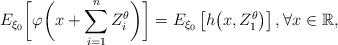
LaTeX: \begin{align*}E_{\xi_0} \biggl[\varphi\biggl(x+\sum_{i=1}^{n} Z_i^\theta\biggr)\biggr]=E_{\xi_0}\left[h\bigl(x,Z_1^\theta\bigr)\right], \forall x\in \mathbb R,\end{align*}